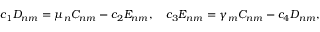
\begin{array} { r } { c _ { 1 } D _ { n m } = \mu _ { n } C _ { n m } - c _ { 2 } E _ { n m } , \quad c _ { 3 } E _ { n m } = \gamma _ { m } C _ { n m } - c _ { 4 } D _ { n m } , } \end{array}